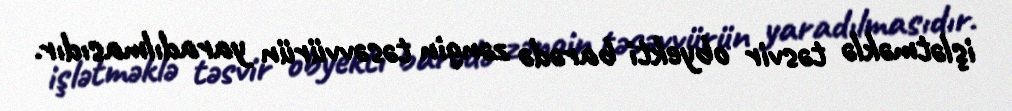
işlətməklə təsvir obyekti barədə zəngin təsəvvürün yaradılmasıdır.